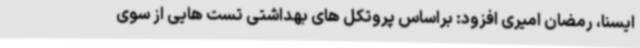
ایسنا، رمضان امیری افزود: براساس پروتکل های بهداشتی تست هایی از سوی